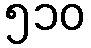
၅၁၀